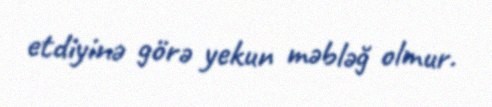
etdiyinə görə yekun məbləğ olmur.